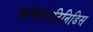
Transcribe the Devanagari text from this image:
कॉन्स्टैनटिनिडिस